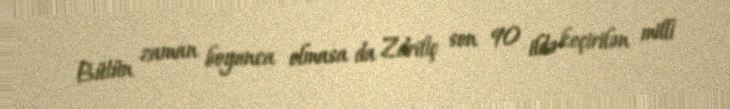
Bütün zaman boyunca olmasa da Zdriliç son 90 ildə keçirilən milli